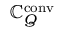
\mathbb { C } _ { Q } ^ { \mathrm { { c o n v } } }